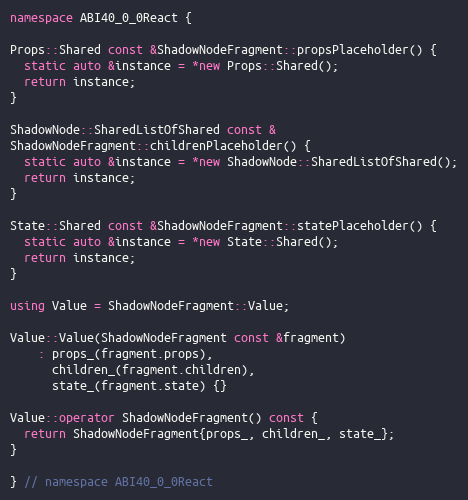
Language: C++
namespace ABI40_0_0React {

Props::Shared const &ShadowNodeFragment::propsPlaceholder() {
  static auto &instance = *new Props::Shared();
  return instance;
}

ShadowNode::SharedListOfShared const &
ShadowNodeFragment::childrenPlaceholder() {
  static auto &instance = *new ShadowNode::SharedListOfShared();
  return instance;
}

State::Shared const &ShadowNodeFragment::statePlaceholder() {
  static auto &instance = *new State::Shared();
  return instance;
}

using Value = ShadowNodeFragment::Value;

Value::Value(ShadowNodeFragment const &fragment)
    : props_(fragment.props),
      children_(fragment.children),
      state_(fragment.state) {}

Value::operator ShadowNodeFragment() const {
  return ShadowNodeFragment{props_, children_, state_};
}

} // namespace ABI40_0_0React